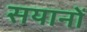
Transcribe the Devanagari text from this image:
सयानों